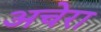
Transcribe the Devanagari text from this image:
अचेरा